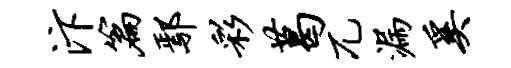
汴篇鄢彩葛兀漏奚